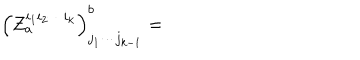
LaTeX: \left( Z _ { a } ^ { i _ { 1 } i _ { 2 } \cdots i _ { k } } \right) _ { j _ { 1 } \cdots j _ { k - 1 } } ^ { b } =